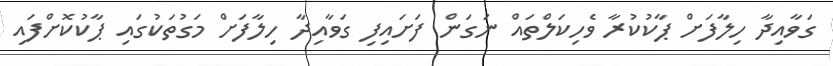
ގަވާއިދާ ހިލާފަށް ޕާކުކުރާ ވެހިކަލްތައް ނަގަން ފަށައިފި ގަވާއިދާ ހިލާފަށް މަގުތަކުގައި ޕާކުކޮށްފައި